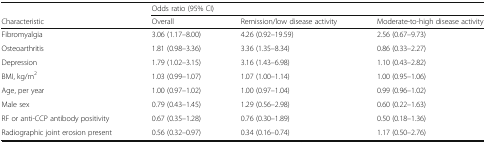
<table><thead><tr><td></td><td colspan="3"><b>Odds ratio (95% CI)</b></td></tr><tr><td><b>Characteristic</b></td><td><b>Overall</b></td><td><b>Remission/low disease activity</b></td><td><b>Moderate-to-high disease activity</b></td></tr></thead><tbody><tr><td>Fibromyalgia</td><td>3.06 (1.17–8.00)</td><td>4.26 (0.92–19.59)</td><td>2.56 (0.67–9.73)</td></tr><tr><td>Osteoarthritis</td><td>1.81 (0.98–3.36)</td><td>3.36 (1.35–8.34)</td><td>0.86 (0.33–2.27)</td></tr><tr><td>Depression</td><td>1.79 (1.02–3.15)</td><td>3.16 (1.43–6.98)</td><td>1.10 (0.43–2.82)</td></tr><tr><td>BMI, kg/m<sup>2</sup></td><td>1.03 (0.99–1.07)</td><td>1.07 (1.00–1.14)</td><td>1.00 (0.95–1.06)</td></tr><tr><td>Age, per year</td><td>1.00 (0.97–1.02)</td><td>1.00 (0.97–1.04)</td><td>0.99 (0.96–1.02)</td></tr><tr><td>Male sex</td><td>0.79 (0.43–1.45)</td><td>1.29 (0.56–2.98)</td><td>0.60 (0.22–1.63)</td></tr><tr><td>RF or anti-CCP antibody positivity</td><td>0.67 (0.35–1.28)</td><td>0.76 (0.30–1.89)</td><td>0.50 (0.18–1.36)</td></tr><tr><td>Radiographic joint erosion present</td><td>0.56 (0.32–0.97)</td><td>0.34 (0.16–0.74)</td><td>1.17 (0.50–2.76)</td></tr></tbody></table>